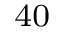
^ { 4 0 }